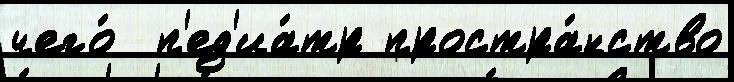
чего́  п'ед'иа́тр простра́нство